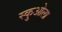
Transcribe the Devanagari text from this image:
स्कुओला